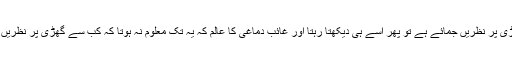
کبھی وہ گھڑی پر نظریں جمائے ہے تو پھر اسے ہی دیکھتا رہتا اور غائب دماغی کا عالم کہ یہ تک معلوم نہ ہوتا کہ کب سے گھڑی پر نظریں جمائے ہے۔